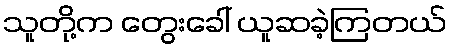
သူတို့က တွေးခေါ် ယူဆခဲ့ကြတယ်